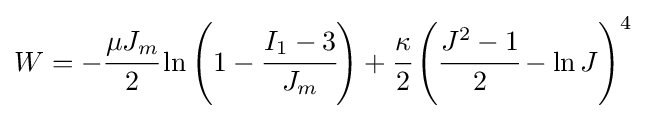
W=-{\cfrac {\mu J_{m}}{2}}\ln \left(1-{\cfrac {I_{1}-3}{J_{m}}}\right)+{\cfrac {\kappa }{2}}\left({\cfrac {J^{2}-1}{2}}-\ln J\right)^{4}